Source: Handwritten
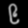
Digit: ၉ (9)